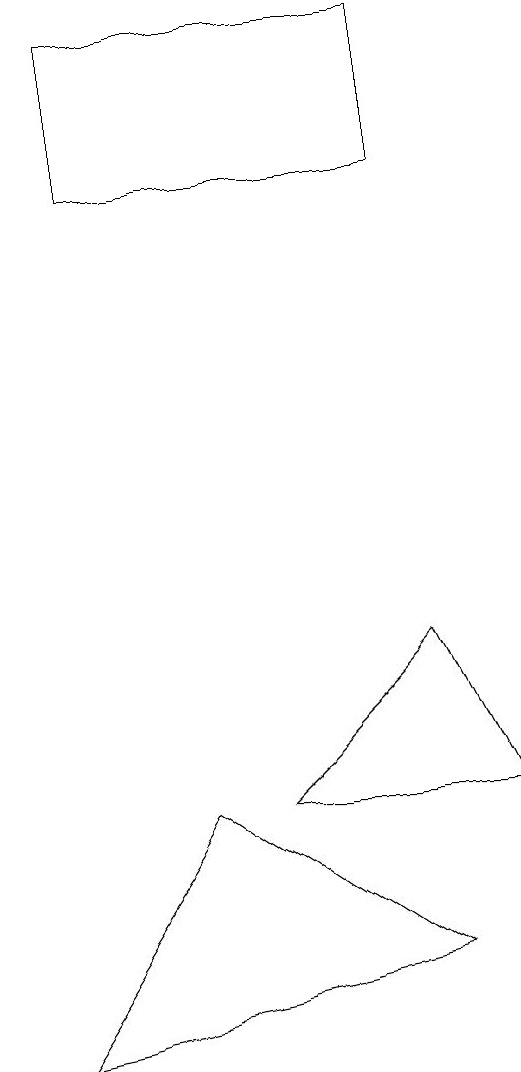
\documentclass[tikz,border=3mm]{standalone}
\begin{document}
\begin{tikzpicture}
\draw (7,15) rectangle (3,13);
\draw (2,2) -- (4,5) -- (7,3) -- cycle;
\draw (5,5) -- (7,7) -- (8,5) -- cycle;
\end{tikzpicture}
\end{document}